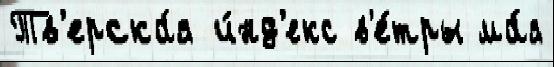
Тв'ерска́я и́нд'екс в'е́тры ма́я